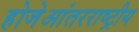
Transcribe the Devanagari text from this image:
होजेआंतरराष्ट्रीय